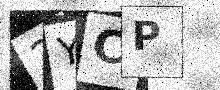
Text: 2YCP